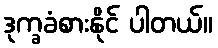
ဒုက္ခခံစားနိုင် ပါတယ်။